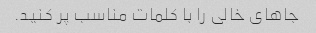
جاهای خالی را با کلمات مناسب پر کنید.